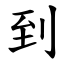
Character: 到